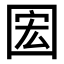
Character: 𫭊